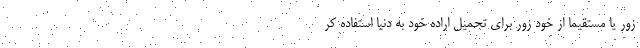
زور یا مستقیما از خود زور برای تحمیل اراده خود به دنیا استفاده کر